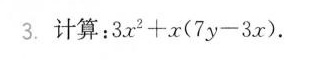
3. 计算：3x^{2}+x(7y-3x).